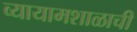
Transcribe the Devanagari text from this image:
व्यायामशाळाची